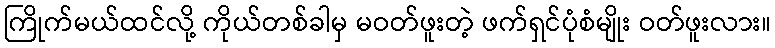
ကြိုက်မယ်ထင်လို့ ကိုယ်တစ်ခါမှ မဝတ်ဖူးတဲ့ ဖက်ရှင်ပုံစံမျိုး ဝတ်ဖူးလား။